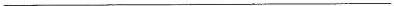
___